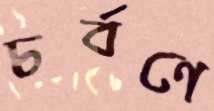
চর্বণে